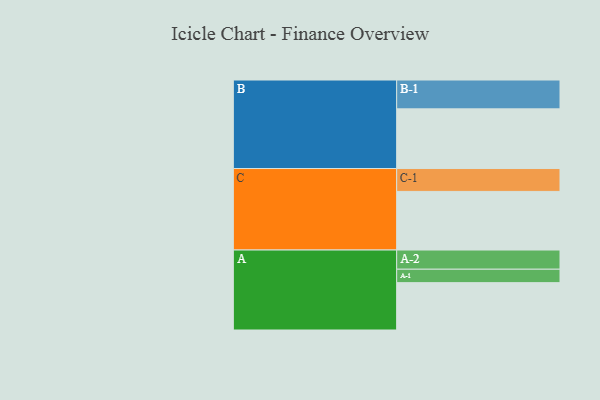
{"axis": {"x": "Segment", "y": "Value"}, "legend": ["", "A", "B", "C"], "data": [{"x": "A", "y": 476, "type": ""}, {"x": "B", "y": 600, "type": ""}, {"x": "C", "y": 589, "type": ""}, {"x": "A-1", "y": 135, "type": "A"}, {"x": "A-2", "y": 193, "type": "A"}, {"x": "B-1", "y": 290, "type": "B"}, {"x": "C-1", "y": 230, "type": "C"}]}